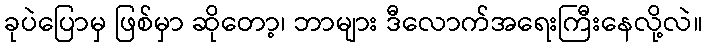
ခုပဲပြောမှ ဖြစ်မှာ ဆိုတော့၊ ဘာများ ဒီလောက်အရေးကြီးနေလို့လဲ။